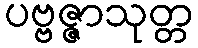
ပဗ္ဗဇ္ဇာသုတ္တ